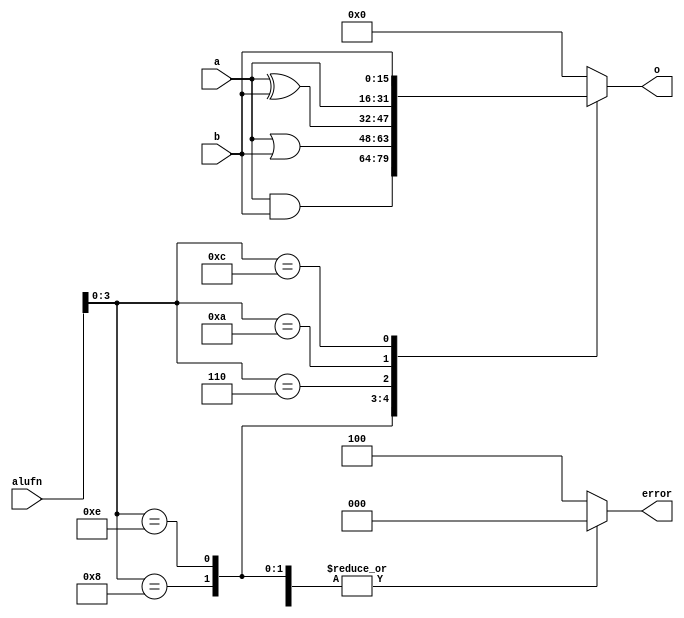
/*
   This file was generated automatically by the Mojo IDE version B1.3.6.
   Do not edit this file directly. Instead edit the original Lucid source.
   This is a temporary file and any changes made to it will be destroyed.
*/

module boole_20 (
    input [15:0] a,
    input [15:0] b,
    input [5:0] alufn,
    output reg [15:0] o,
    output reg [2:0] error
  );
  
  
  
  always @* begin
    o = 1'h0;
    error = 1'h0;
    
    case (alufn[0+3-:4])
      4'h8: begin
        o = a & b;
      end
      4'he: begin
        o = a | b;
      end
      4'h6: begin
        o = a ^ b;
      end
      4'ha: begin
        o = a;
      end
      4'hc: begin
        o = b;
      end
      default: begin
        error = 3'h4;
      end
    endcase
  end
endmodule